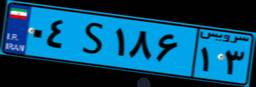
۰۴S۱۸۶۱۳